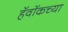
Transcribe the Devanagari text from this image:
हॅवॉकच्या